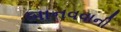
બાનવવાની